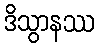
ဒိသွာနဿ